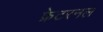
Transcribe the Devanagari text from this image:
फ्रेटरनल